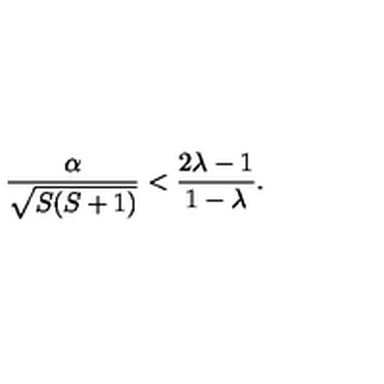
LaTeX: \frac { \alpha } { \sqrt { S ( S + 1 ) } } < \frac { 2 \lambda - 1 } { 1 - \lambda } .